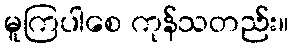
မူကြပါစေ ကုန်သတည်း။